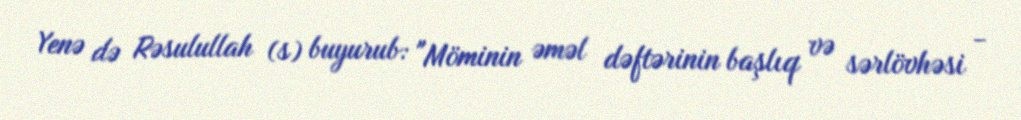
Yenə də Rəsulullah (s) buyurub: "Möminin əməl dəftərinin başlıq və sərlövhəsi -